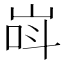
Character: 㟕